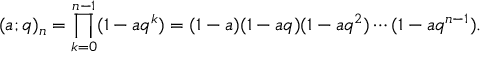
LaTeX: \displaystyle ( a ; q ) _ { n } = \prod _ { k = 0 } ^ { n - 1 } ( 1 - a q ^ { k } ) = ( 1 - a ) ( 1 - a q ) ( 1 - a q ^ { 2 } ) \cdots ( 1 - a q ^ { n - 1 } ) .